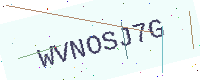
Text: WVNOSJ7G